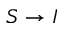
S \to I